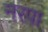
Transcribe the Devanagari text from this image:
नरपा